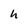
Character: h